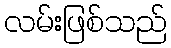
လမ်းဖြစ်သည်